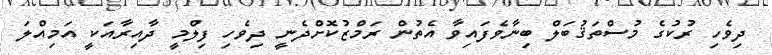
ދިވެހި ރުކުގެ މުސްތަޤުބަލް ބިނާވެފައިވާ އެތުން ރަމްޒުކޮށްދެނީ ދިވެހި ފިލްމީ ދާއިރާއަކީ އަމިއްލަ